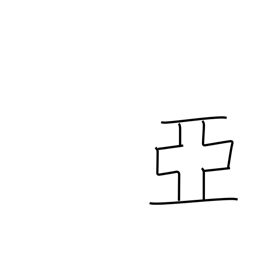
Meaning: follow